Lunatic asylums Burma 1907-21 - 1907-1921
Year: 1907
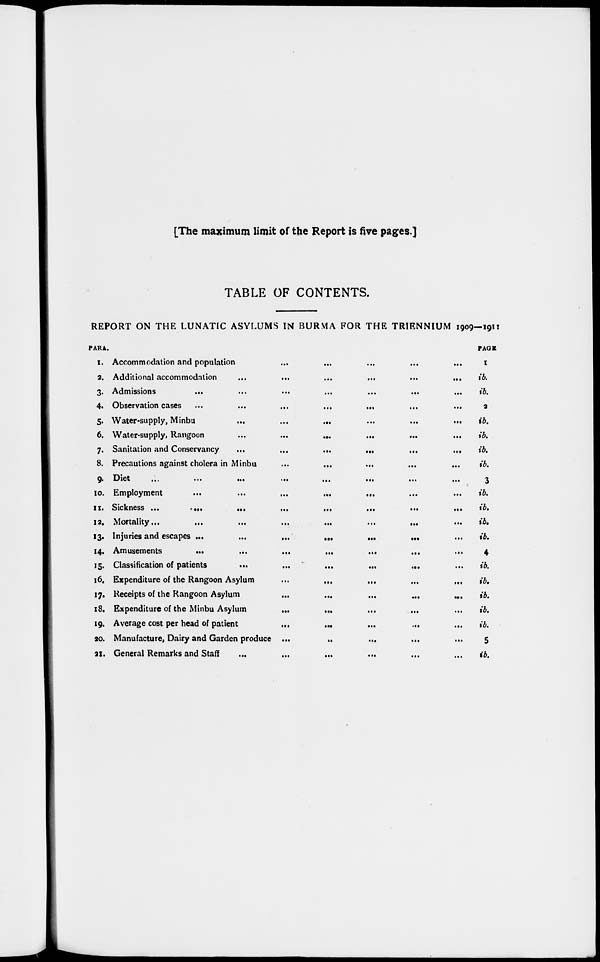
[The maximum limit of the Report is five pages.]
TABLE OF CONTENTS.
REPORT ON THE LUNATIC ASYLUMS IN BURMA FOR THE TRIENNIUM 1909—1911
PARA.
1.
2.
3.
4.
5.
6.
7.
8.
9.
10.
11.
12.
13.
14.
15.
l6.
17.
18.
19.
20.
21.
Accommodation and population
...
...
...
...
...
Additional accommodation
...
...
...
...
...
...
Admissions
...
...
...
...
...
...
...
Observation cases
Water-supply, Minbu
...
...
...
Water-supply, Rangoon
...
...
...
Sanitation and Conservancy
...
...
...
...
...
...
Precautions against cholera in Minbu
...
...
Diet
...
...
...
...
...
...
...
...
Employment
...
...
...
...
...
...
...
Sickness ...
...
...
...
...
...
...
...
Mortality...
...
...
...
...
...
...
...
Injuries and escapes ...
...
...
...
...
...
Amusements
...
...
...
...
...
...
...
Classification of patients
...
...
...
...
...
Expenditure of the Rangoon Asylum ... ... ... ... ...
Receipts of the Rangoon Asylum
...
...
...
...
...
Expenditure of the Minbu Asylum
...
... ... ... ...
Average cost per head of patient ... ... ... ... ...
Manufacture, Dairy and Garden produce ... ... ... ... ...
General Remarks and Staff ... ... ... ... ... ...
PAGE
1
ib.
ib.
2
ib.
ib.
ib.
ib.
3
ib.
ib.
ib.
ib.
4
ib.
ib.
ib.
ib.
ib.
5
ib.